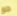
جو